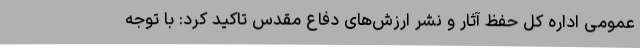
عمومی اداره کل حفظ آثار و نشر ارزش‌های دفاع مقدس تاکید کرد: با توجه